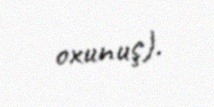
oxunuş).